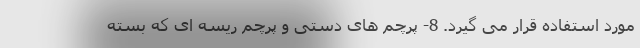
مورد استفاده قرار می گیرد. 8- پرچم های دستی و پرچم ریسه ای که بسته